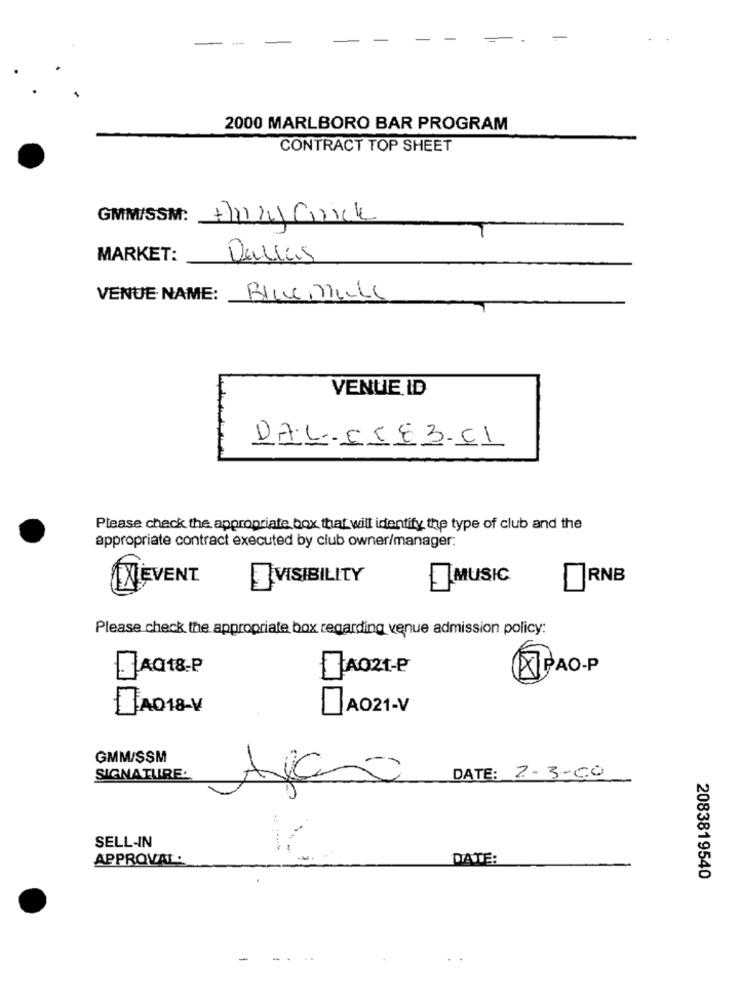
-
-
-
2000 MARLBORO BAR PROGRAM
CONTRACT TOP SHEET
GMM/SSM: Haz Click
MARKET:
Dallas
VENUE NAME:
Blue Male
VENUE ID
Please check the appropriate box that will identify the type of club and the
appropriate contract executed by club owner/manager:
XEVENT
VISIBILITY
MUSIC
RNB
Please check the appropriate box regarding venue admission policy:
JAG 18-P
A021-P
PAO-P
AD18-V
AO21-V
GMM/SSM
SIGNATURE.
DATE: 2-3-00
Apaso
SELL-IN
APPROVAL:
DATE:
2083819540
-